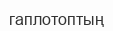
гаплотоптың